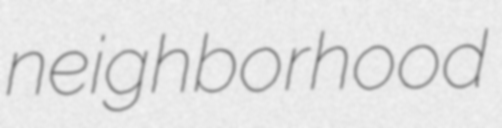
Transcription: neighborhood